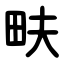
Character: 畉